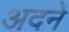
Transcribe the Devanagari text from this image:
अदने